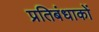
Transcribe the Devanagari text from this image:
प्रतिबंधाकों